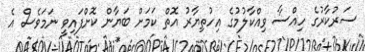
ސަރުކާރުގެ ހިއްސާ ވިއްކާލުމުގެ އިހުތިޔާރު އޮތް ކަމަށް ބަޔާން ކޮށްފައިވީ ނަމަވެސް އެ